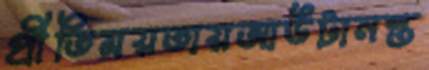
প্রীতিময়তায়আউটানস্ত